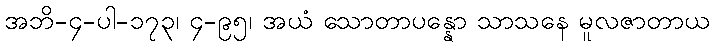
အဘိ-၄-ပါ-၁၇၃၊ ၄-၉၅၊ အယံ သောတာပန္နော သာသနေ မူလဇာတာယ